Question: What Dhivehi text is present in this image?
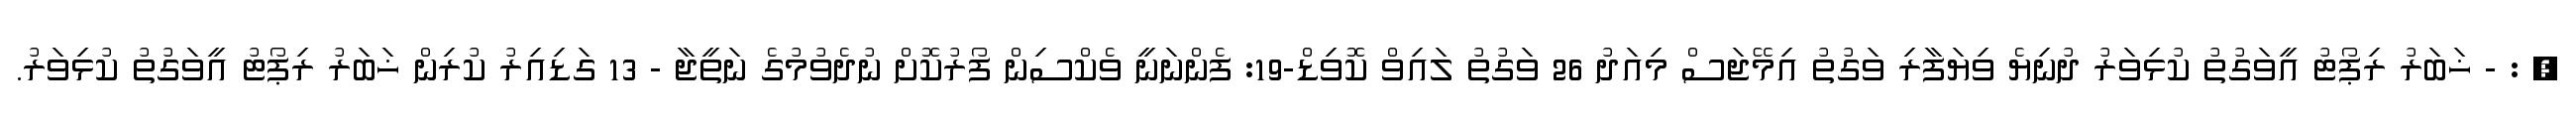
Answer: , : - ޚަބަރު ރިޕޯޓު އީވަގުތު ކުޅިވަރު ދުނިޔެ ވިޔަފާރި ވަގުތު އިމޭޖަސް މިއަދު 26 ވަގުތު ލައިވް ކޮވިޑް-19: ފެންނަނީ ވެކްސިން ފޯރުކޮށް ނުދެވުމުގެ ނަތީޖާ - 13 ގަޑިއިރު ކުރިން ޚަބަރު ރިޕޯޓު އީވަގުތު ކުޅިވަރު.